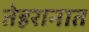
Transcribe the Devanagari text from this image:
तेहरानात